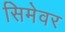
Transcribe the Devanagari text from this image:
सिमेवर